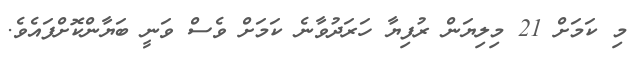
މި ކަމަށް 21 މިލިޔަން ރުފިޔާ ހަރަދުވާނެ ކަމަށް ވެސް ވަނީ ބަޔާންކޮށްފައެވެ.